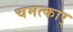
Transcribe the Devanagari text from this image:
चमत्कार्